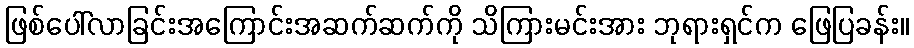
ဖြစ်ပေါ်လာခြင်းအကြောင်းအဆက်ဆက်ကို သိကြားမင်းအား ဘုရားရှင်က ဖြေပြခန်း။